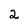
Character: 2